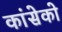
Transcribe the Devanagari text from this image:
कांसेको